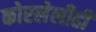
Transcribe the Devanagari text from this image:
कोरलेलीही